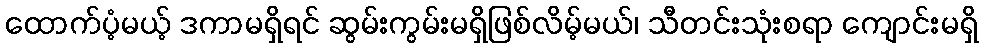
ထောက်ပံ့မယ့် ဒကာမရှိရင် ဆွမ်းကွမ်းမရှိဖြစ်လိမ့်မယ်၊ သီတင်းသုံးစရာ ကျောင်းမရှိ